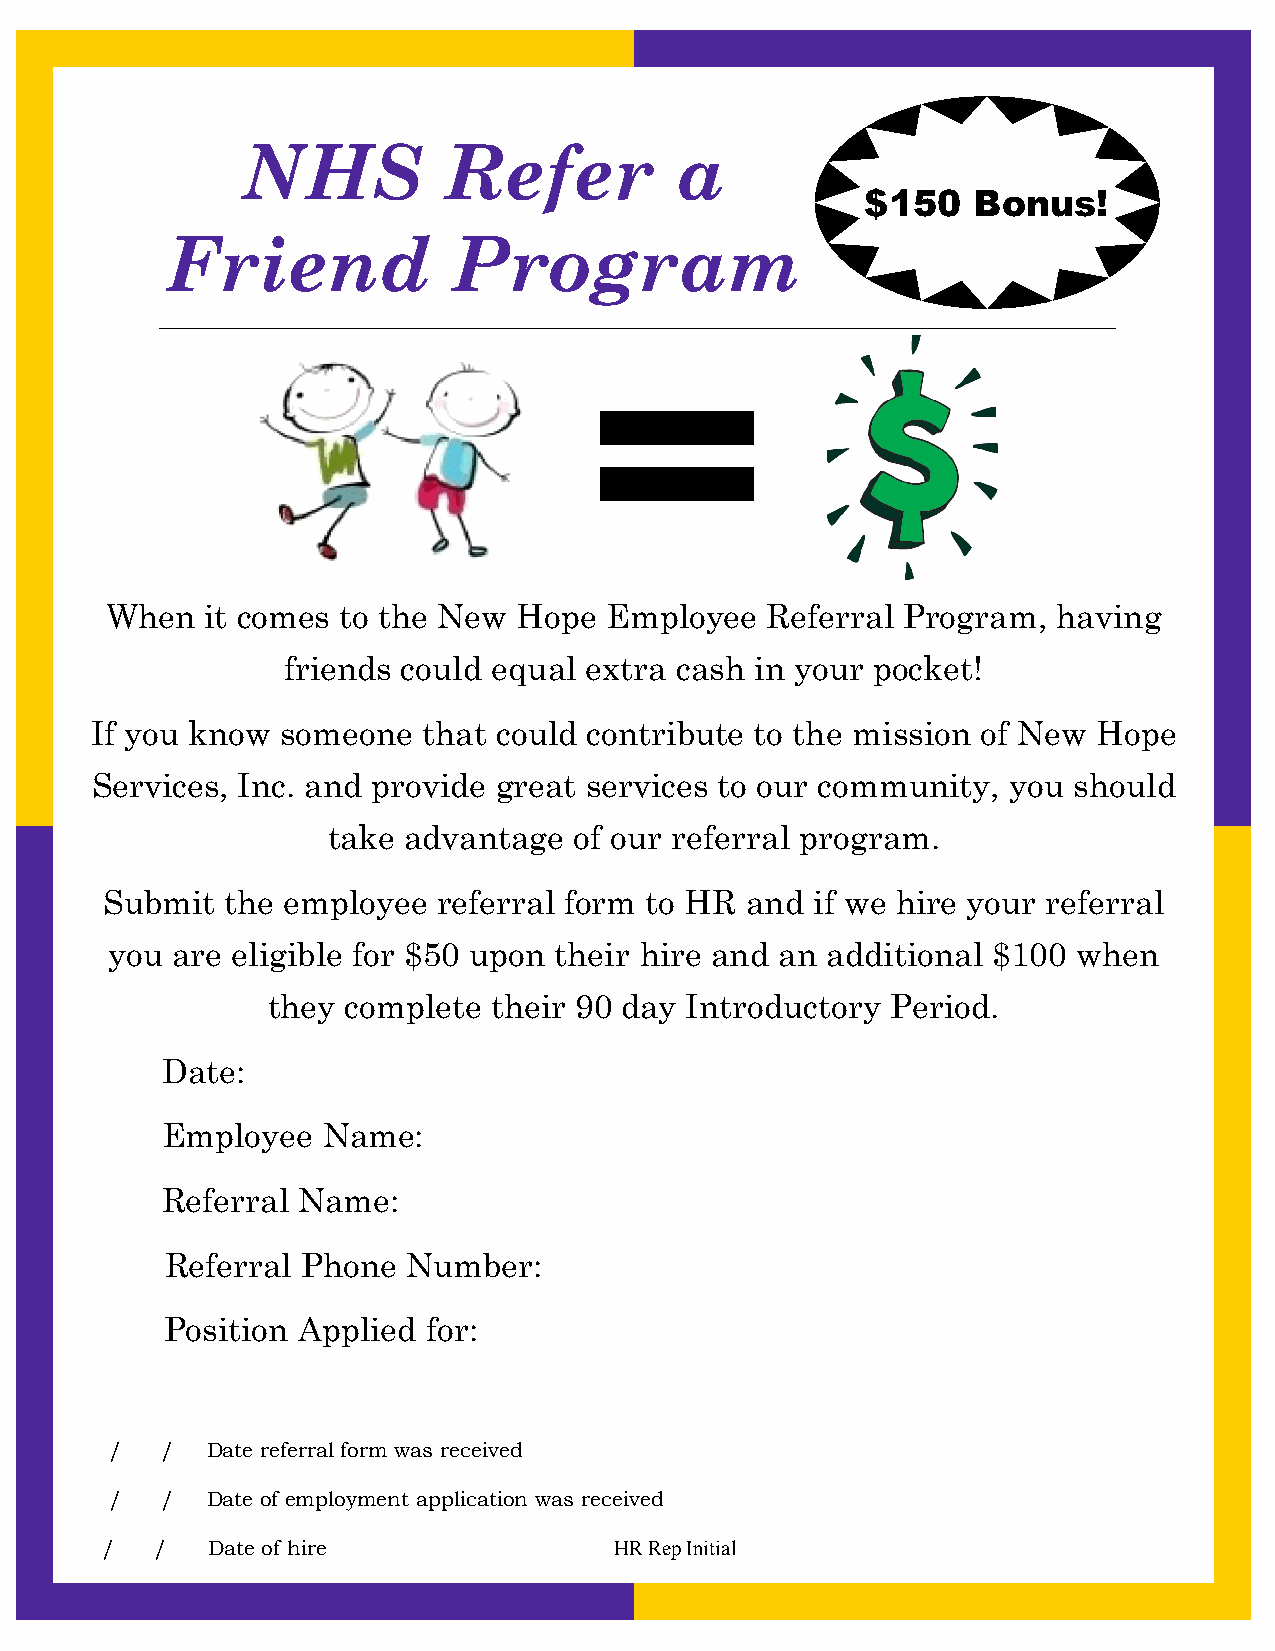
NHS          Refer           a
 $150   Bonus!
 Friend             Program
 When   it comes to the New Hope  Employee   Referral Program,  having
 friends could equal extra cash in your pocket!
 If you know  someone  that could contribute to the mission of New  Hope
 Services, Inc. and provide great services to our community,  you should
 take advantage  of our referral program.
 Submit  the employee  referral form to HR and  if we hire your referral
 you are eligible for $50 upon their hire and an additional $100 when
 they complete  their 90 day Introductory Period.
 Date:
 Employee  Name:
 Referral Name:
 Referral Phone  Number:
 Position Applied for:
 /   /  Date referral form was received
 /   /  Date of employment application was received
 /  /   Date of hire               HR Rep Initial